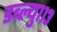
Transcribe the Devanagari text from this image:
डब्ल्यु११३